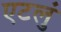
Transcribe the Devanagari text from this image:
एटलुं